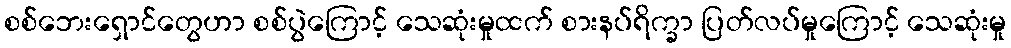
စစ်ဘေးရှောင်တွေဟာ စစ်ပွဲကြောင့် သေဆုံးမှုထက် စားနပ်ရိက္ခာ ပြတ်လပ်မှုကြောင့် သေဆုံးမှု